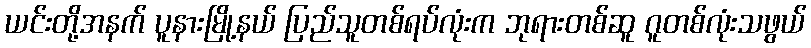
ယင်းတို့အနက် ပူနားမြို့နယ် ပြည်သူတစ်ရပ်လုံးက ဘုရားတစ်ဆူ ဂူတစ်လုံးသဖွယ်